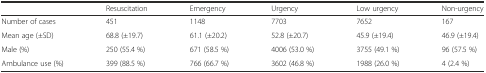
|  | Resuscitation | Emergency | Urgency | Low urgency | Non-urgency |
 | --- | --- | --- | --- | --- | --- |
 | Number of cases | 451 | 1148 | 7703 | 7652 | 167 |
 | Mean age (±SD) | 68.8 (±19.7) | 61.1 (±20.2) | 52.8 (±20.7) | 45.9 (±19.4) | 46.9 (±19.4) |
 | Male (%) | 250 (55.4 %) | 671 (58.5 %) | 4006 (53.0 %) | 3755 (49.1 %) | 96 (57.5 %) |
 | Ambulance use (%) | 399 (88.5 %) | 766 (66.7 %) | 3602 (46.8 %) | 1988 (26.0 %) | 4 (2.4 %) |